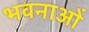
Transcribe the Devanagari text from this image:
भवनाओं